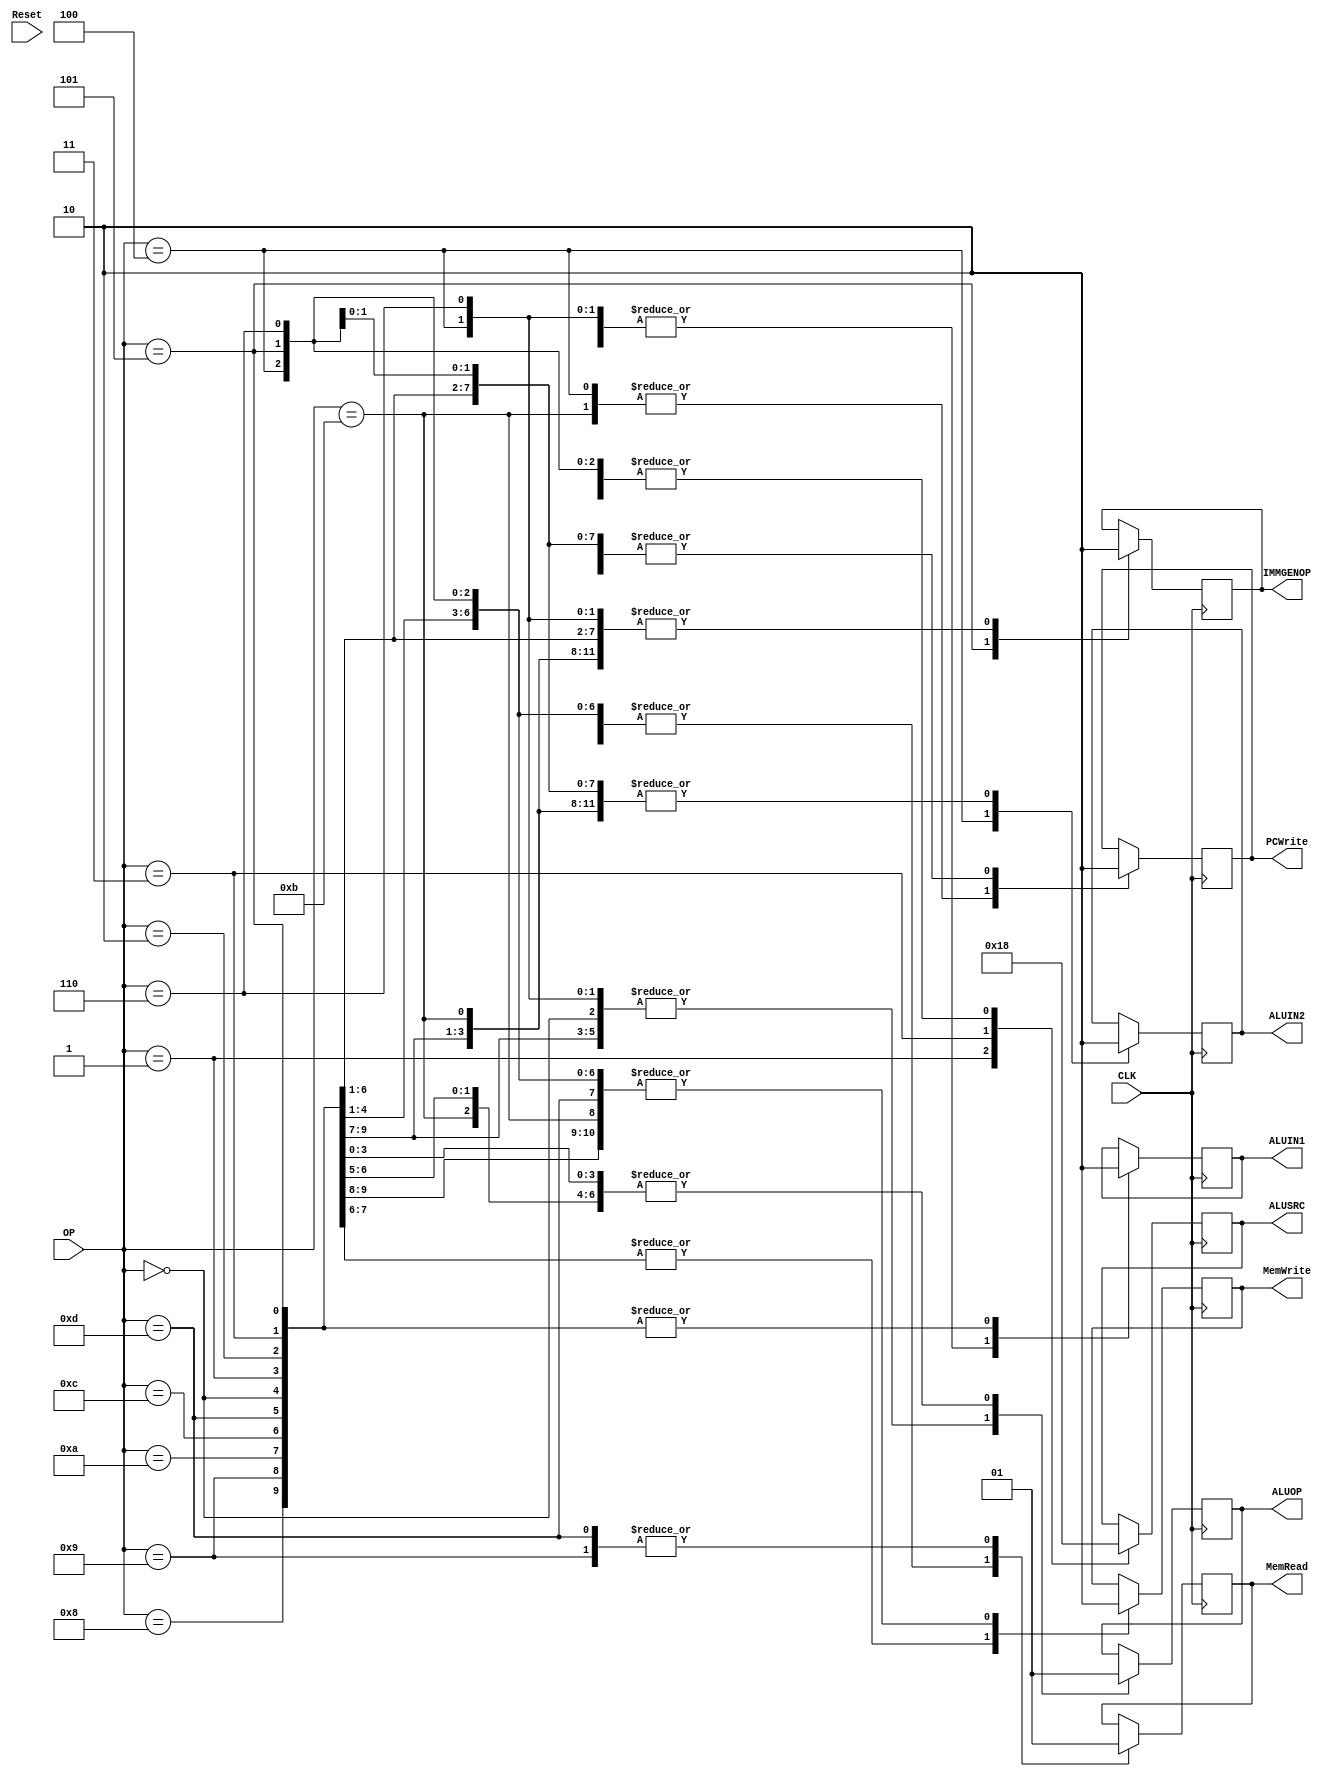
module load_store_control (
    OP,
    CLK,
    Reset,
    IMMGENOP,
    ALUOP,
    ALUIN1,
    ALUIN2, 
    ALUSRC,
    MemRead, // we possibly don't need a memread
    MemWrite,
    PCWrite
);

output IMMGENOP;
output ALUOP;
output ALUIN1;
output ALUIN2;
output [1:0] ALUSRC;
output MemRead;
output MemWrite;
output PCWrite;

input [3:0] OP;
input CLK;
input Reset;

reg IMMGENOP;
reg ALUOP;
reg ALUIN1;
reg ALUIN2;
reg [1:0] ALUSRC;
reg MemRead;
reg MemWrite;
reg PCWrite;


always @ (posedge CLK)
begin      
//$display("The opcode is %d", OP);
case (OP)
    4'b0000:
    begin
        //$display("add");
        IMMGENOP = 0;
        ALUOP = 0;
        ALUIN1 = 0;
        ALUIN2 = 0;
        ALUSRC = 0;
        MemRead = 0;
        MemWrite = 0;
        PCWrite = 0;
    end
    4'b0001:
    begin
        //$display("grt");
        IMMGENOP = 0;
        ALUOP = 1;
        ALUIN1 = 0;
        ALUIN2 = 0;
        ALUSRC = 1;
        MemRead = 0;
        MemWrite = 0;
        PCWrite = 0;
    end
    4'b0010:
    begin
        //$display("sub");
        IMMGENOP = 0;
        ALUOP = 1;
        ALUIN1 = 0;
        ALUIN2 = 0;
        ALUSRC = 0;
        MemRead = 0;
        MemWrite = 0;
        PCWrite = 0;
    end
    4'b0011:
    begin
        //$display("eq");
        IMMGENOP = 0;
        ALUOP = 1;
        ALUIN1 = 0;
        ALUIN2 = 0;
        ALUSRC = 2;
        MemRead = 0;
        MemWrite = 0;
        PCWrite = 0;
    end
    4'b0100:
    begin
        //$display("jalr");
        IMMGENOP = 0;
        ALUOP = 0;
        ALUIN1 = 1;
        ALUIN2 = 1;
        ALUSRC = 0;
        MemRead = 0;
        MemWrite = 0;
        PCWrite = 1;
    end
    4'b0101:
    begin
        //$display("lui");
        IMMGENOP = 3;
        ALUOP = 1;
        ALUIN1 = 0;
        ALUIN2 = 2;
        ALUSRC = 0;
        MemRead = 0;
        MemWrite = 0;
        PCWrite = 0;
    end
    4'b0110:
    begin
        //$display("jal");
        IMMGENOP = 2;
        ALUOP = 0;
        ALUIN1 = 1;
        ALUIN2 = 2;
        ALUSRC = 0;
        MemRead = 0;
        MemWrite = 0;
        PCWrite = 0;
    end
    4'b1000:
    begin
        //$display("addi");
        IMMGENOP = 0;
        ALUOP = 0;
        ALUIN1 = 0;
        ALUIN2 = 2;
        ALUSRC = 0;
        MemRead = 0;
        MemWrite = 0;
        PCWrite = 0;
    end
    4'b1001:
    begin
        //$display("lw");
        IMMGENOP = 0;
        ALUOP = 0;
        ALUIN1 = 0;
        ALUIN2 = 2;
        ALUSRC = 0;
        MemRead = 1;
        MemWrite = 0;
        PCWrite = 0;
    end
    4'b1010:
    begin
        //$display("sw");
        IMMGENOP = 0;
        ALUOP = 0;
        ALUIN1 = 0;
        ALUIN2 = 2;
        ALUSRC = 0;
        MemRead = 0;
        MemWrite = 1;
        PCWrite = 0;
    end
    4'b1011:
    begin
        //$display("bne"); // AHHH
        IMMGENOP = 2;
        ALUOP = 1;
        ALUIN1 = 1;
        ALUIN2 = 0;
        ALUSRC = 0;
        MemRead = 0;
        MemWrite = 0;
        PCWrite = 1;
    end
    4'b1100:
    begin
        //$display("wri");
        IMMGENOP = 0;
        ALUOP = 1;
        ALUIN1 = 0;
        ALUIN2 = 0;
        ALUSRC = 0;
        MemRead = 0;
        MemWrite = 1;
        PCWrite = 0;
    end
    4'b1101:
    begin
        //$display("rea");
        IMMGENOP = 0;
        ALUOP = 1;
        ALUIN1 = 0;
        ALUIN2 = 0;
        ALUSRC = 0;
        MemRead = 1;
        MemWrite = 0;
        PCWrite = 0;
    end
    default:
    begin 
        //$display(" Wrong Opcode %d ", OP);  
    end
    endcase 

end

endmodule